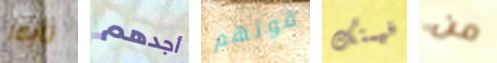
تايمز أجدهم قوتهم فهمتك من